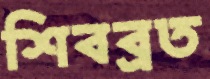
শিবব্রত